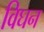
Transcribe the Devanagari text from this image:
विघन